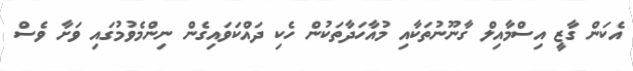
އެކަން ގާޒީ އިސްމާއިލް ގާނޫނުތަކާއި މުއާހަދާތަކުން ހެކި ދައްކަވައިގެން ނިންމެވުމުގައި ވަށާ ވެސް